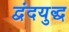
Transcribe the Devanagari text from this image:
द्वंदयुद्ध